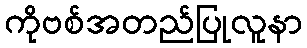
ကိုဗစ်အတည်ပြုလူနာ